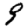
Digit: 9